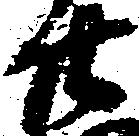
廿